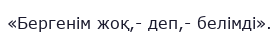
«Бергенім жоқ,- деп,- белімді».